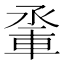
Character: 𨋬